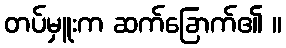
တပ်မှူးက ဆက်ခြောက်၏ ။